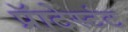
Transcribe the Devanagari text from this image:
प्रॅाटेस्टंट